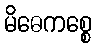
မိဓေကစ္စေ